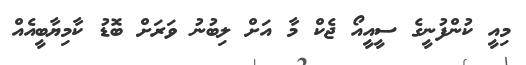
މިއީ ކުންފުނީގެ ސީއީއޯ ޖެކް މާ އަށް ލިބުނު ވަރަށް ބޮޑު ކާމިޔާބީއެއް